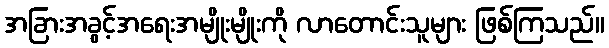
အခြားအခွင့်အရေးအမျိုးမျိုးကို လာတောင်းသူများ ဖြစ်ကြသည်။